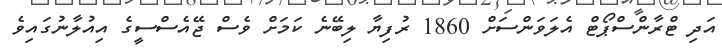
އަދި ޓްރާންސްޕޯޓް އެލަވަންސަށް 1860 ރުފިޔާ ލިބޭނެ ކަމަށް ވެސް ޖޭއެސްސީގެ އިއުލާނުގައިވެ